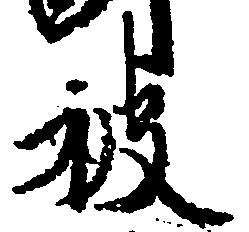
被